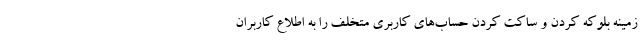
زمینه بلوکه کردن و ساکت کردن حساب‌های کاربری متخلف را به اطلاع کاربران